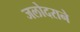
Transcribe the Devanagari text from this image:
जलोदराने